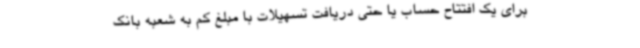
برای یک افتتاح حساب یا حتی دریافت تسهیلات با مبلغ کم به شعبه بانک